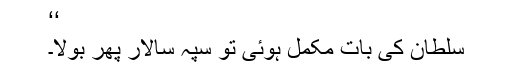
‘‘
سلطان کی بات مکمل ہوئی تو سپہ سالار پھر بولا۔